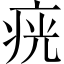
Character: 𤶏